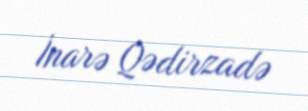
İnarə Qədirzadə